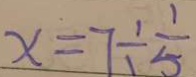
x = 7 \div \frac { 1 } { 5 }